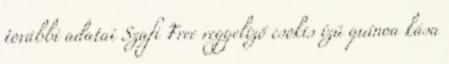
további adatai Szafi Free reggeliző csokis ízű quinoa kása